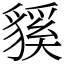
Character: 貕